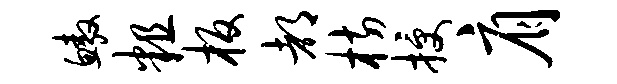
鳌粗板都枋授肩